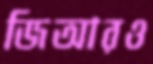
জিআরও